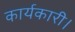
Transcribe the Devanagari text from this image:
कार्यकारी।